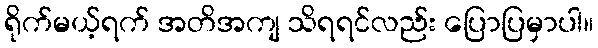
ရိုက်မယ့်ရက် အတိအကျ သိရရင်လည်း ပြောပြမှာပါ။